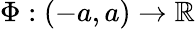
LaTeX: \Phi:(-a,a)\rightarrow\mathbb{R}